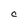
Character: C